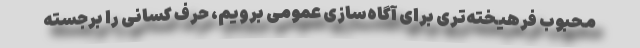
محبوب فرهیخته‌تری برای آگاه‌سازی عمومی برویم، حرف کسانی را برجسته